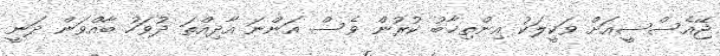
ޖޭއެސްސީއަށް ވަކީލަކު އިންތިޚާބު ކުރުން ވެސް އަންނަ އާދިއްތަ ދުވަހު ބާއްވަން ދަނީ